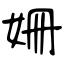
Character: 姍